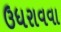
ઉધરાવવા